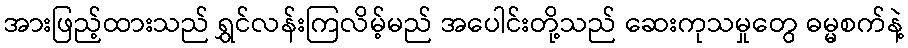
အားဖြည့်ထားသည် ရွှင်လန်းကြလိမ့်မည် အပေါင်းတို့သည် ဆေးကုသမှုတွေ ဓမ္မစက်နဲ့